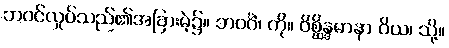
ဘဝင်လှုပ်သည်၏အခြားမဲ့၌။ ဘဝင်္ဂံ၊ ကို။ ဝိစ္ဆိန္ဒမာနာ ဝိယ၊ သို့။